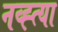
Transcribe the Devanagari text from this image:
नव्ह्त्या